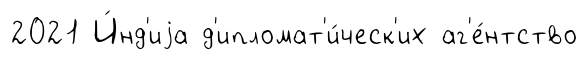
2021 И́нд'иjа д'ипломат'и́ческ'их аг'е́нтство